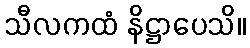
သီလကထံ နိဋ္ဌာပေသိ။